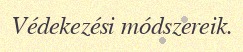
Védekezési módszereik.